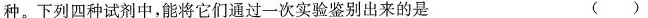
种。下列四种试剂中，能将它们通过一次实验鉴别出来的是 ( )